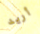
أريد